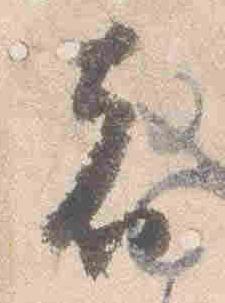
者